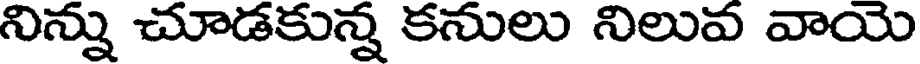
నిన్ను చూడకున్న కనులు నిలువ వాయె